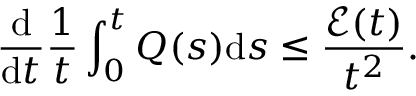
\frac { \mathrm { d } } { \mathrm { d } t } \frac { 1 } { t } \int _ { 0 } ^ { t } Q ( s ) \mathrm { d } s \leq \frac { \mathcal { E } ( t ) } { t ^ { 2 } } .